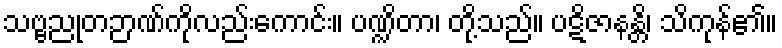
သဗ္ဗညုတဉာဏ်ကိုလည်းကောင်း။ ပဏ္ဍိတာ၊ တို့သည်။ ပဋိဇာနန္တိ၊ သိကုန်၏။